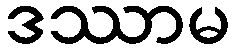
ဒဿာမ